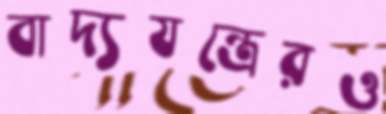
বাদ্যযন্ত্রেরও